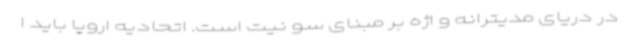
در دریای مدیترانه و اژه بر مبنای سو نیت است. اتحادیه اروپا باید ا